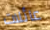
عائلات